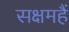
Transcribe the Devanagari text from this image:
सक्षमहैं